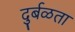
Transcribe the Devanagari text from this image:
दुर्बळता